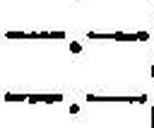
—.—